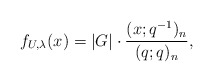
\begin{align*}f_{U, \lambda}(x) = |G| \cdot \frac{(x; q^{-1})_n}{(q; q)_n},\end{align*}